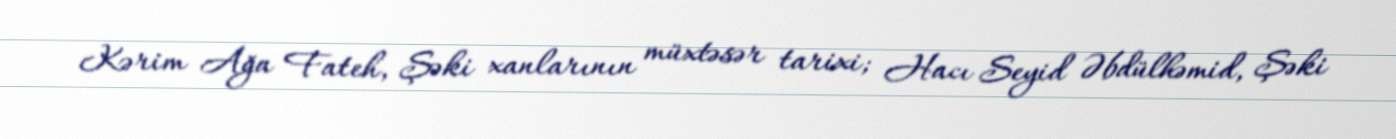
Kərim Ağa Fateh, Şəki xanlarının müxtəsər tarixi; Hacı Seyid Əbdülhəmid, Şəki